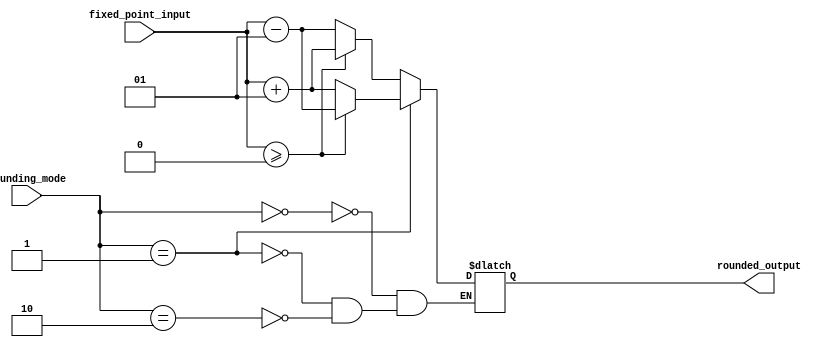
module fixed_point_rounding_unit (
  input wire signed [15:0] fixed_point_input,
  input wire [1:0] rounding_mode, // 00 - round up, 01 - round down, 10 - round to nearest
  output wire signed [15:0] rounded_output
);

reg signed [15:0] rounded_output;

always @* begin
  case(rounding_mode)
    2'b00: rounded_output = fixed_point_input >= 0 ? fixed_point_input + 0.5 : fixed_point_input - 0.5;
    2'b01: rounded_output = fixed_point_input >= 0 ? fixed_point_input - 0.5 : fixed_point_input + 0.5;
    2'b10: rounded_output = fixed_point_input >= 0 ? fixed_point_input + 0.5 : fixed_point_input - 0.5;
  endcase
end

endmodule